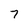
Character: 7